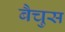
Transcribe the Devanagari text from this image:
बैचुस